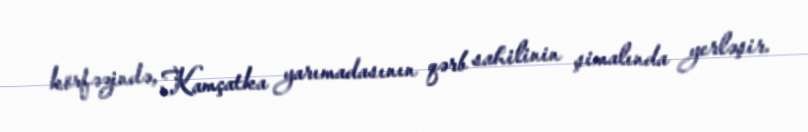
körfəzində, Kamçatka yarımadasının qərb sahilinin şimalında yerləşir.